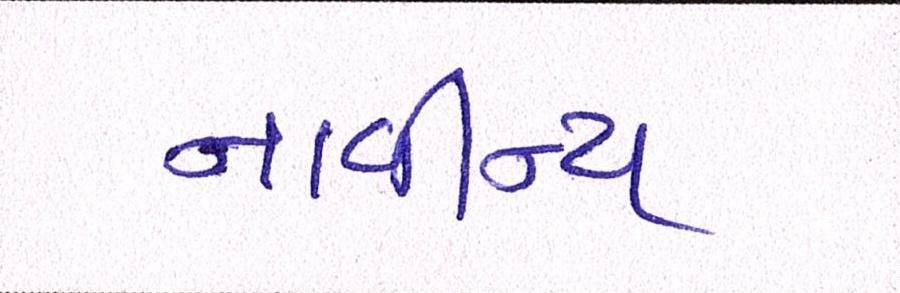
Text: નાવીન્ય